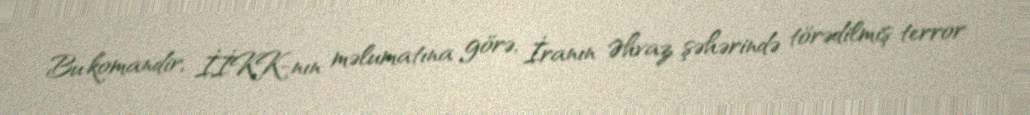
Bu komandir, İİKK-nın məlumatına görə, İranın Əhvaz şəhərində törədilmiş terror